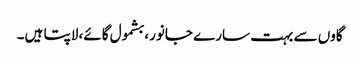
گاوں سے بہت سارے جانور، بشمول گائے، لاپتا ہیں۔